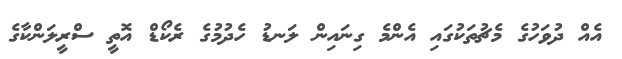
އެއް ދުވަހުގެ މެޗުތަކުގައި އެންމެ ގިނައިން ލަނޑު ހެދުމުގެ ރެކޯޑް އޮތީ ސްރީލަންކާގެ